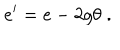
e ^ { \prime } = e - 2 g \theta \; .